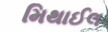
મિથાઈલ